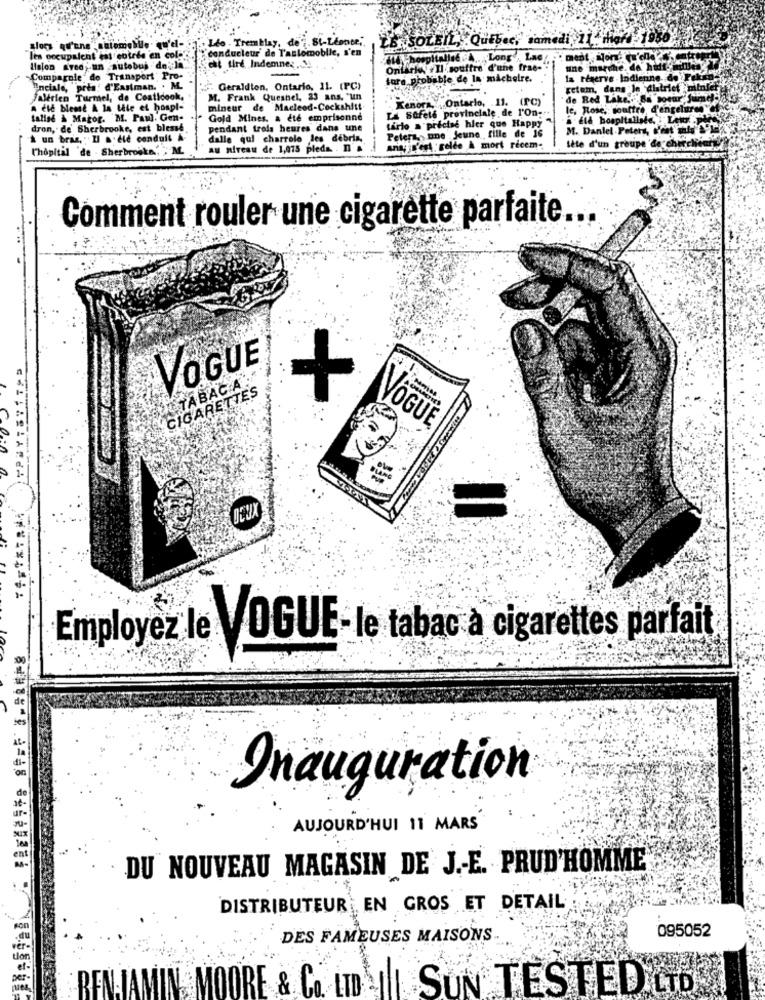
alors qu'une" automobile . qu'e-
Léo . Tremblay, de7. St-
do i. St-Leonor;
CS SOLEIL, Quebec, samedi 11. mhaft
"conducteur' de Taslomoblie, s'en
les occupaient ist entede en col-
cht tire Indemnes,
-hospitallet . .. Long' Lac
Union sred ;. un autobus de la
onlick .Il souffre d'une frae-
une marche. de huit-milles
Compagole" de Transport Pro-
fore probable de la michelre.
la réserve - Indienne. de Fekan
Enciale, prta!
ita: d'Eastman. . M.
": Geraldien, Ontario, 11. (PC)
setem, dans le diatrief minier
Falerien Turmel, de Coaticook,
M. Frank Queshel, 23 ans, un
"Kenora Ontario, . 11. (PC)
de Red Lake.""Sa soeur Sur
A Ele best A la Vie et hospl-
mineur de Macleod-Cockshitt
La Stfels provinciale de l'On ;.
le, Rose, souttre d'engelures
tallab À Magor. M. Paul. Gen-
Gold Mines, a été emprisonné
tarlo a precise hler que Happy
dtd hospitallate. Let
dron, de Sherbrooke, est blessé
pendant trois heures dans une
M. Daniel .Peters, c'est m
k un bras, ; Il a été conduit A-
dalle qui charrolo les debris,
Peters, une Jeune fille de 16
l'hôpital 'de Sherbrooke" M
au niveau de 1,075 pleda. . I
anaisn'est gelée & mort recem-
Sète d'un groupe de
Comment rouler une cigarette parfaite
VOGUE
I.TABAC A
CIGARETTES
VOGUE
CALABLANCA
Employez le VOGUE-le tabac à cigarettes parfait
Inauguration
AUJOURD'HUI 11 MARS
DU NOUVEAU MAGASIN DE J .- E. PRUD'HOMME
DISTRIBUTEUR EN GROS ET DETAIL
095052
DES FAMEUSES MAISONS ..
BENJAMIN MOORE & Co. LTD IL SUN TESTED LTD